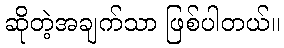
ဆိုတဲ့အချက်သာ ဖြစ်ပါတယ်။